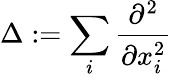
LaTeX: \Delta:=\sum_{i}\frac{\partial^{2}}{\partial x_{i}^{2}}